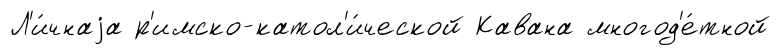
Л'и́чнаjа р'имско-катол'и́ческой Кавана многод'е́тной